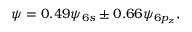
\begin{array} { r } { \psi = 0 . 4 9 \psi _ { 6 s } \pm 0 . 6 6 \psi _ { 6 p _ { z } } , } \end{array}